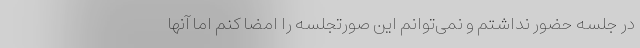
در جلسه حضور نداشتم و نمی‌توانم این صورتجلسه را امضا کنم اما آنها